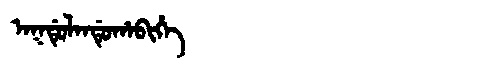
Manchu: ᠠᡴᡩᡠᠯᠠᠨᡩᡠᡥᠠᠪᡳᡥᡝ
Romanization: AKDULANDUHABIHE